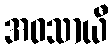
အဝသာယီ